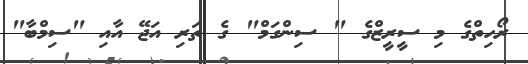
ރޯހިތްގެ މި ސީރީޒްގެ " ސިންގަމް" ގެ ތަރި އަޖޭ އާއި "ސިމްބާ"